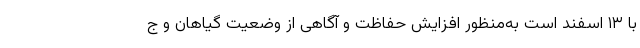
با ۱۳ اسفند است به‌منظور افزایش حفاظت و آگاهی از وضعیت گیاهان و ج